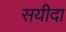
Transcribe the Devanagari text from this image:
सयीदा